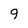
Character: 9